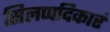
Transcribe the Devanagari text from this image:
सिलप्पदिकारं